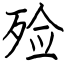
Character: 殓